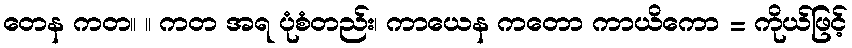
တေန ကတ။ ။ ကတ အရ ပုံစံတည်း၊ ကာယေန ကတော ကာယိကော = ကိုယ်ဖြင့်